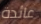
عائدة